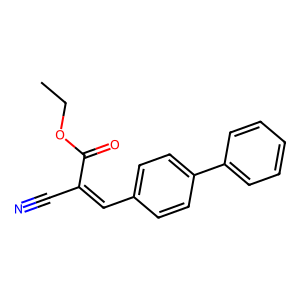
SMILES: CCOC(=O)C(C#N)=Cc1ccc(-c2ccccc2)cc1
Inhibits HIV replication: No